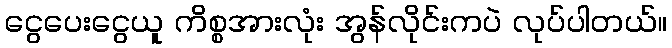
ငွေပေးငွေယူ ကိစ္စအားလုံး အွန်လိုင်းကပဲ လုပ်ပါတယ်။